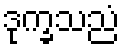
ဒုက္ခသညံ